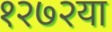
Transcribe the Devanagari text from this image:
१२७२या